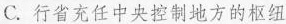
C. 行省充任中央控制地方的枢纽